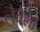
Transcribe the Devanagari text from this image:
लेबेला